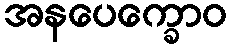
အနပေက္ခောဝ